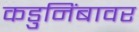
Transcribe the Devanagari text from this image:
कडुनिंबावर